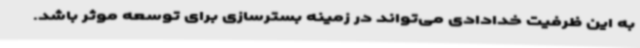
به این ظرفیت خدادادی می‌تواند در زمینه بسترسازی برای توسعه موثر باشد.